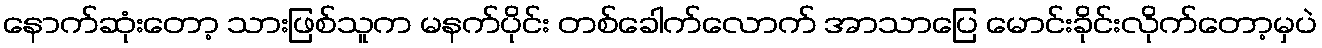
နောက်ဆုံးတော့ သားဖြစ်သူက မနက်ပိုင်း တစ်ခေါက်လောက် အာသာပြေ မောင်းခိုင်းလိုက်တော့မှပဲ